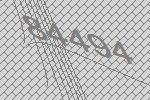
84494